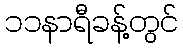
၁၁နာရီခန့်တွင်